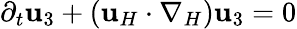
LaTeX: \partial_{t}\mathbf{u}_{3}+(\mathbf{u}_{H}\cdot\nabla_{H})\mathbf{u}_{3}=0